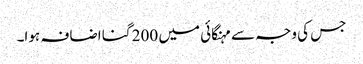
جس کی وجہ سے مہنگائی میں 200 گنا اضافہ ہوا۔